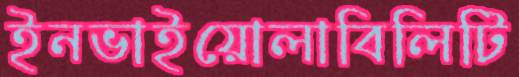
ইনভাইয়োলাবিলিটি